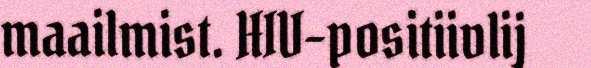
maailmist. HIV-positiivlij